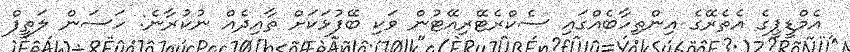
އެމްޑީޕީގެ އެތެރޭގެ އިންތިހާބެއްގައި ސެކްރެޓޭރިއޭޓުން ވަކި ބޭފުޅަކަށް ތާއިދެއް ނުކުރާނެ: ހަސަން ލަތީފް